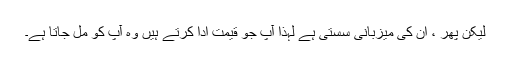
لیکن پھر ، ان کی میزبانی سستی ہے لہذا آپ جو قیمت ادا کرتے ہیں وہ آپ کو مل جاتا ہے۔